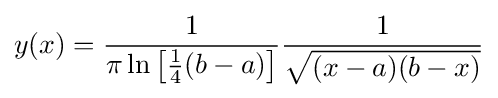
y(x)={\frac {1}{\pi \ln \left[{\frac {1}{4}}(b-a)\right]}}{\frac {1}{\sqrt {(x-a)(b-x)}}}